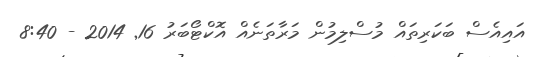
އައިއެސް ބަަކަރިތައް މުސްލިމުން މަރާތަނެއް އޮކްޓޯބަރު 16